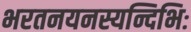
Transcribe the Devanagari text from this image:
भरतनयनस्यन्दिभिः